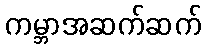
ကမ္ဘာအဆက်ဆက်